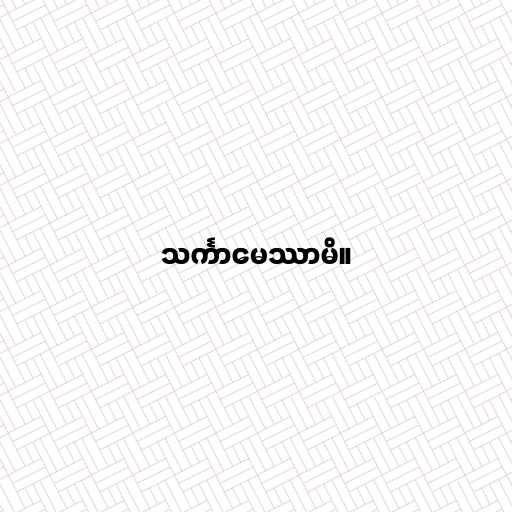
သင်္ကာမေဿာမိ။